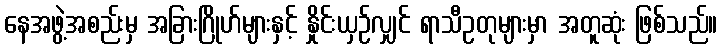
နေအဖွဲ့အစည်းမှ အခြားဂြိုဟ်များနှင့် နှိုင်းယှဉ်လျှင် ရာသီဥတုများမှာ အတူဆုံး ဖြစ်သည်။